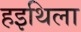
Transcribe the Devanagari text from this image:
हइथिला